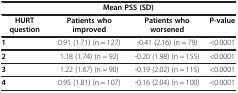
|  | <COLSPAN=2> Mean PSS (SD) |  |
 | --- | --- | --- | --- |
 | HURT question | Patients who improved | Patients who worsened | P-value |
 | 1 | 0.91 (1.71) (n = 127) | -0.41 (2.16) (n = 79) | <0.0001 |
 | 2 | 1.18 (1.74) (n = 92) | -0.20 (1.98) (n = 155) | <0.0001 |
 | 3 | 1.22 (1.67) (n = 90) | -0.19 (2.02) (n = 115) | <0.0001 |
 | 4 | 0.95 (1.81) (n = 107) | -0.16 (2.04) (n = 100) | <0.0001 |